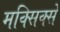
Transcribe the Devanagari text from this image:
मक्सिक्से